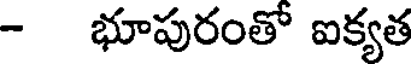
- భూపురంతో ఐక్యత